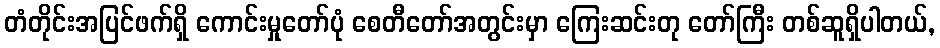
တံတိုင်းအပြင်ဖက်ရှိ ကောင်းမှုတော်ပုံ စေတီတော်အတွင်းမှာ ကြေးဆင်းတု တော်ကြီး တစ်ဆူရှိပါတယ်,